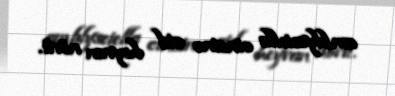
amblyseiella cinsinə aid heyvan növü.